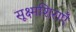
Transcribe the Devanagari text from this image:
सूक्ष्मशिराएँ